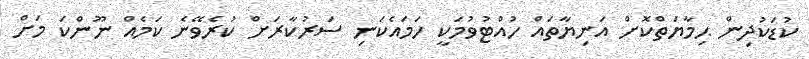
ކުޑަކުދިން ޙިމާޔަތްކޮށް އަނިޔާތައް ހުއްޓުވުމަކީ ހަމައެކަނި ސަރުކާރަށް ކުރެވޭނެ ކަމެއް ނޫންކަ މަށް